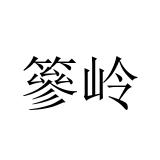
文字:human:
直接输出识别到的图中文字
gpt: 篸岭